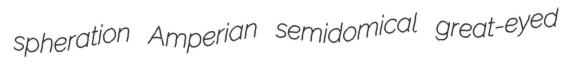
spheration Amperian semidomical great-eyed